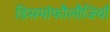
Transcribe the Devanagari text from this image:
डिसमॉफौलौजियाँ